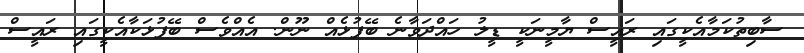
ސާބިތުކަމާއެކީގައި ރައީސް ޔާމީނަކީ ޑީލު ހައްދަވާނެ ބޭފުޅެއް ނޫން. އެއްވެސް ބޭފުޅަކާއެކީގައި ރައީސް